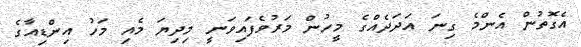
އެގޮތުން އެންމެ ގިނަ އަދަދެއްގެ މީހުން މަރުވެފައިވަނީ މިދިޔަ މެއި މަހު އިންޑިއާގެ